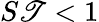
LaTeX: S\mathscr{T}<1